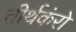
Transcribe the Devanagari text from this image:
तीर्थकंरो